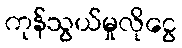
ကုန်သွယ်မှုလိုငွေ